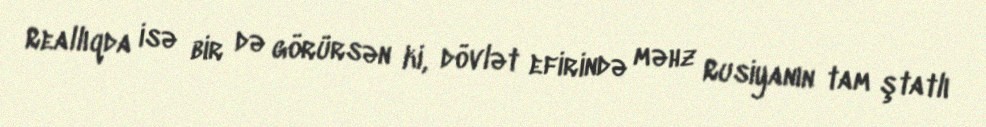
Reallıqda isə bir də görürsən ki, dövlət efirində məhz Rusiyanın tam ştatlı